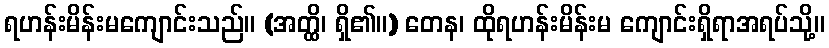
ရဟန်းမိန်းမကျောင်းသည်။ (အတ္ထိ၊ ရှိ၏။) တေန၊ ထိုရဟန်းမိန်းမ ကျောင်းရှိရာအရပ်သို့။